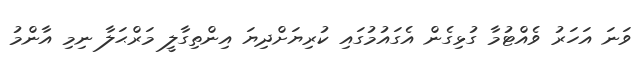
ވަނަ އަހަރު ވެއްޓުމާ ގުޅިގެން އެގައުމުގައި ކުރިޔަށްދިޔަ އިންތިގާލީ މަރްޙަލާ ނިމި އާންމު